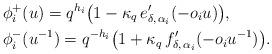
LaTeX: \begin{align*}& \phi^+_i(u) = q^{h_i} \big(1 - \kappa_q \, e'_{\delta, \, \alpha_i}(- o_i u)\big), \\ & \phi^-_i(u^{-1}) = q^{-h_i} \big(1 + \kappa_q \, f'_{\delta, \, \alpha_i}(- o_i u^{-1})\big). \end{align*}